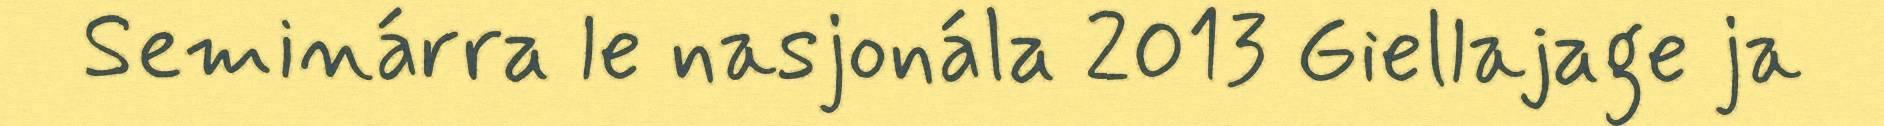
Seminárra le nasjonála 2013 Giellajage ja